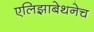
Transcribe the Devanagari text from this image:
एलिझाबेथनेच